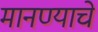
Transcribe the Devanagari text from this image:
मानण्याचे